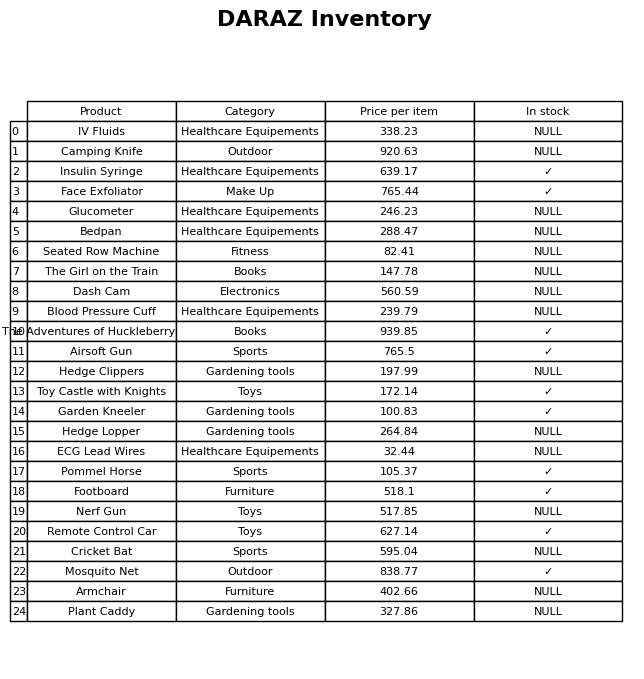
question: What is the price of the Glucometer?
answer: The price of Glucometer is 246.23.